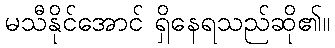
မသီနိုင်အောင် ရှိနေရသည်ဆို၏။